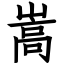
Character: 嵩